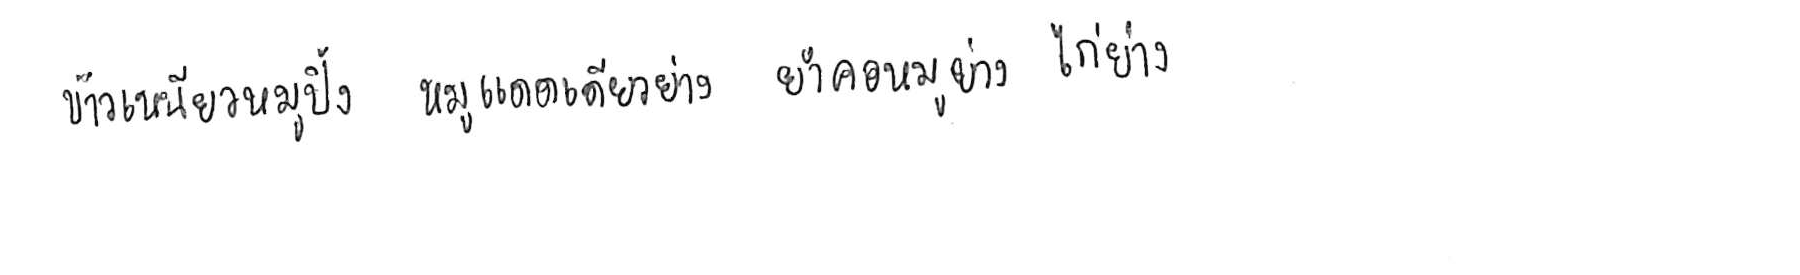
ข้าวเหนียวหมูปิ้ง หมูแดดเดียวย่าง ยำคอหมูย่าง ไก่ย่าง